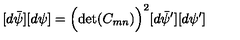
[ d \bar { \psi } ] [ d \psi ] = \Bigl ( \det ( C _ { m n } ) \Bigr ) ^ { 2 } [ d \bar { \psi } ^ { \prime } ] [ d \psi ^ { \prime } ]